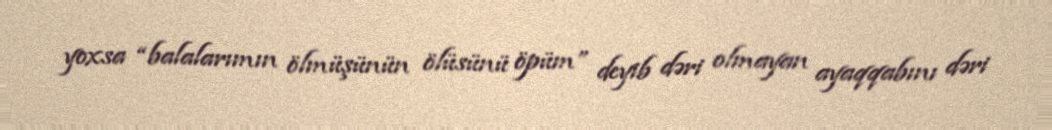
yoxsa “balalarımın ölmüşünün ölüsünü öpüm” deyib dəri olmayan ayaqqabını dəri